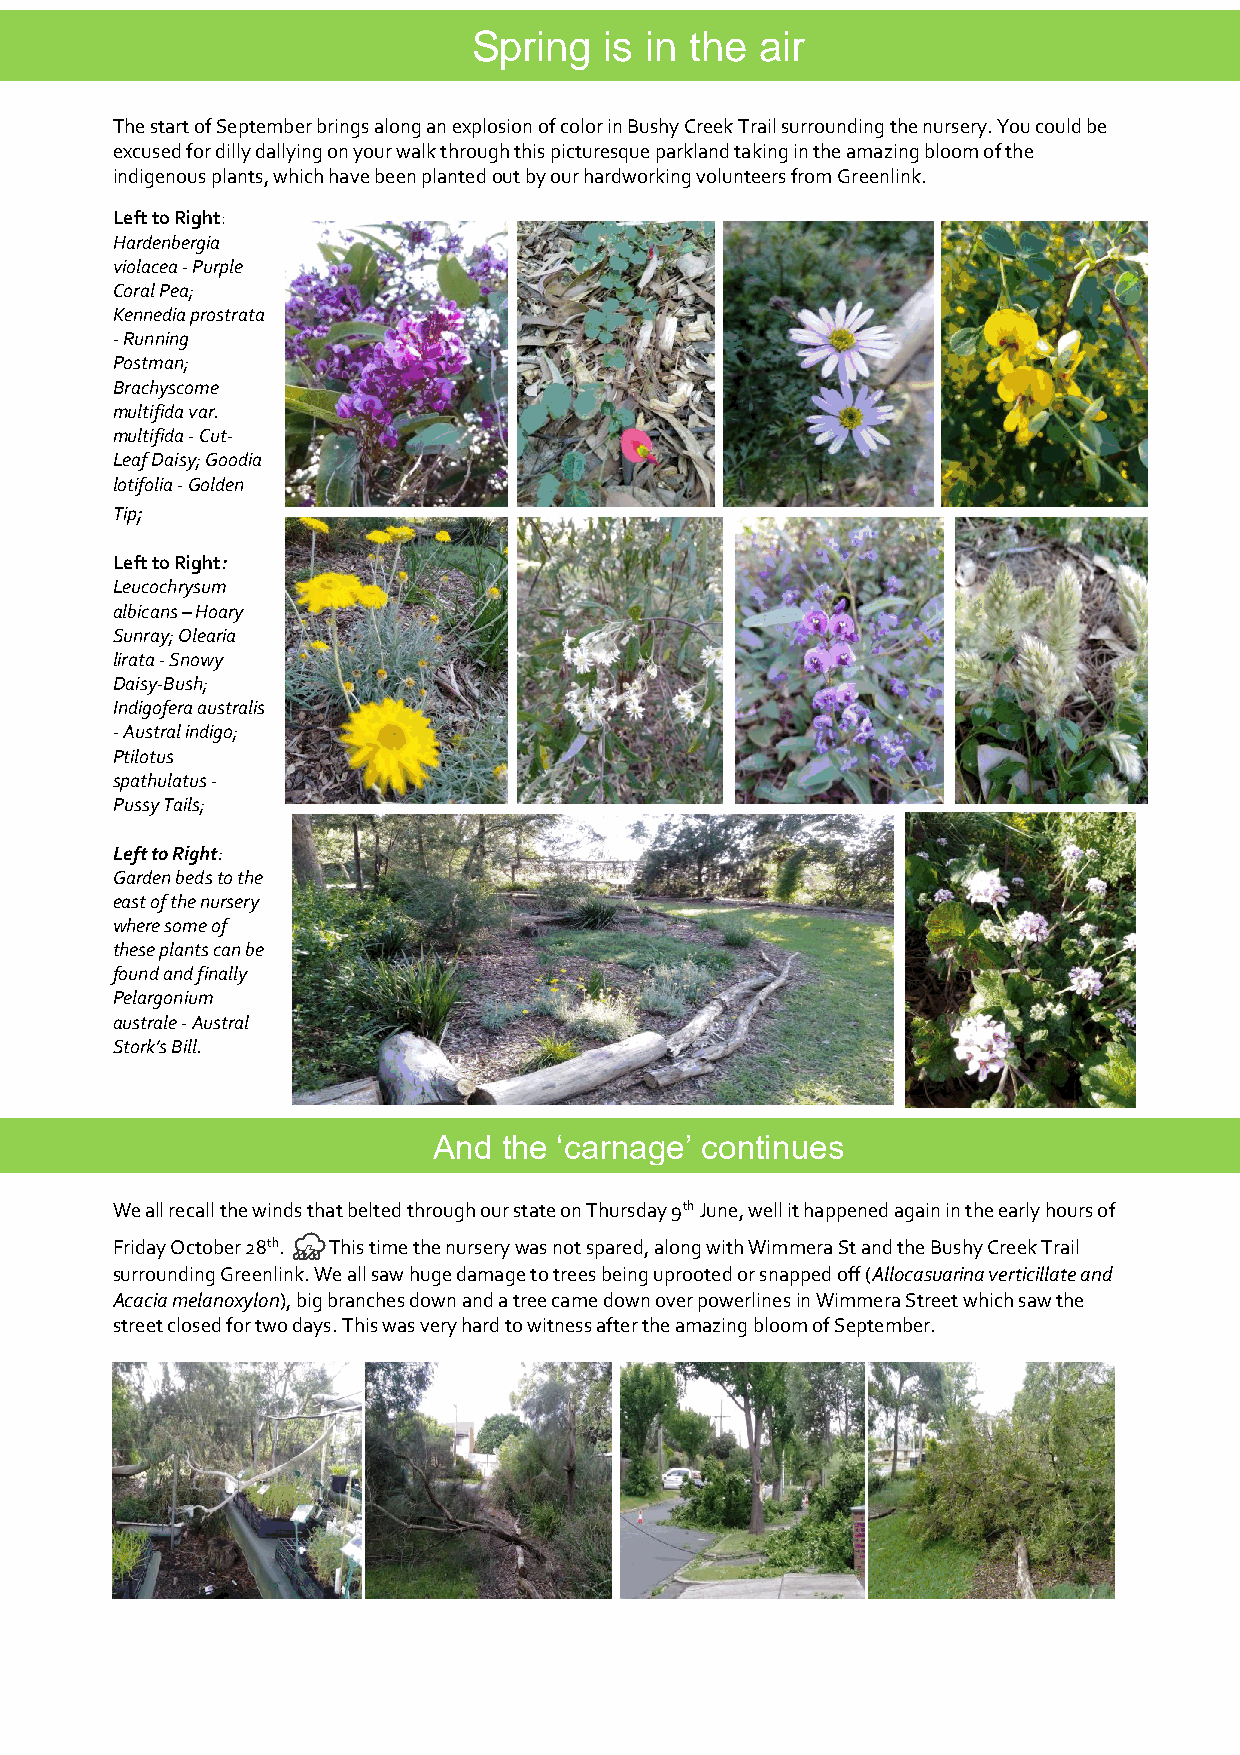
Spring   is in the air
 The start of September brings along an explosion of color in Bushy Creek Trail surrounding the nursery. You could be
 excused for dilly dallying on your walk through this picturesque parkland taking in the amazing bloom of the
 indigenous plants, which have been planted out by our hardworking volunteers from Greenlink.
 Left to Right:
 Hardenbergia
 violacea - Purple
 Coral Pea;
 Kennedia prostrata
 - Running
 Postman;
 Brachyscome
 multifida var.
 multifida - Cut-
 Leaf Daisy; Goodia
 lotifolia - Golden
 Tip;
 Left to Right:
 Leucochrysum
 albicans – Hoary
 Sunray; Olearia
 lirata - Snowy
 Daisy-Bush;
 Indigofera australis
 - Austral indigo;
 Ptilotus
 spathulatus -
 Pussy Tails;
 Left to Right:
 Garden beds to the
 east of the nursery
 where some of
 these plants can be
 found and finally
 Pelargonium
 australe - Austral
 Stork’s Bill.
 And the ‘carnage’ continues
 We all recall the winds that belted through our state on Thursday 9th June, well it happened again in the early hours of
 Friday October 28th. ⛈ This time the nursery was not spared, along with Wimmera St and the Bushy Creek Trail
 surrounding Greenlink. We all saw huge damage to trees being uprooted or snapped off (Allocasuarina verticillate and
 Acacia melanoxylon), big branches down and a tree came down over powerlines in Wimmera Street which saw the
 street closed for two days. This was very hard to witness after the amazing bloom of September.